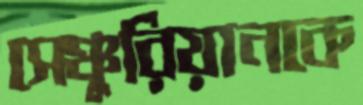
সেঞ্চুরিয়ানকে